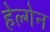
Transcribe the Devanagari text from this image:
हेल्गेन